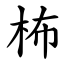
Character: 柨